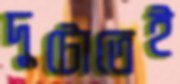
দুটোতেই